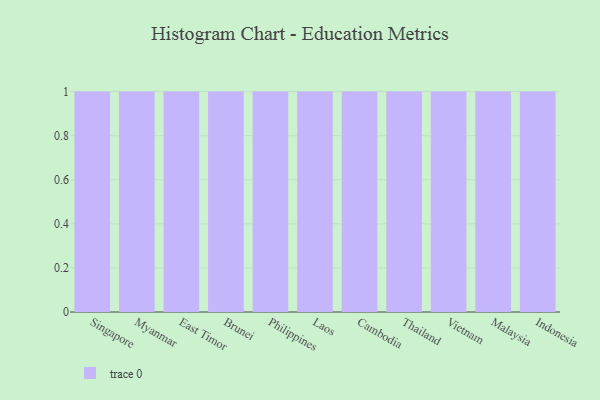
{"axis": {"x": "Country", "y": "Budget (USD K)"}, "legend": [""], "data": [{"x": "Singapore", "y": 6, "type": ""}, {"x": "Myanmar", "y": 83, "type": ""}, {"x": "East Timor", "y": 22, "type": ""}, {"x": "Brunei", "y": 62, "type": ""}, {"x": "Philippines", "y": 8, "type": ""}, {"x": "Laos", "y": 50, "type": ""}, {"x": "Cambodia", "y": 19, "type": ""}, {"x": "Thailand", "y": 21, "type": ""}, {"x": "Vietnam", "y": 52, "type": ""}, {"x": "Malaysia", "y": 10, "type": ""}, {"x": "Indonesia", "y": 1, "type": ""}]}